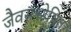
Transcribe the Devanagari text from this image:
जैवसंश्लेषित